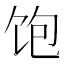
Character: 饱